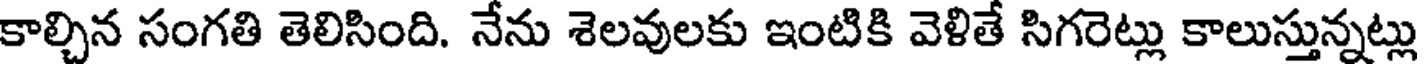
కాల్చిన సంగతి తెలిసింది. నేను శెలవులకు ఇంటికి వెళితే సిగరెట్లు కాలుస్తున్నట్లు